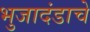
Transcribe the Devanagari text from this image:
भुजादंडाचे